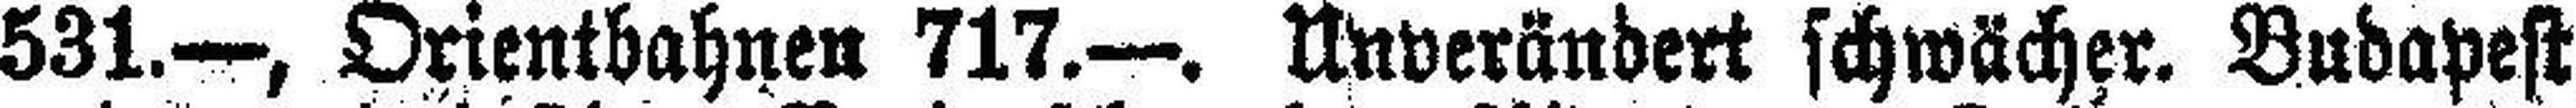
531.—, Orientbahnen 717.—. Unverändert schwächer. Budapest